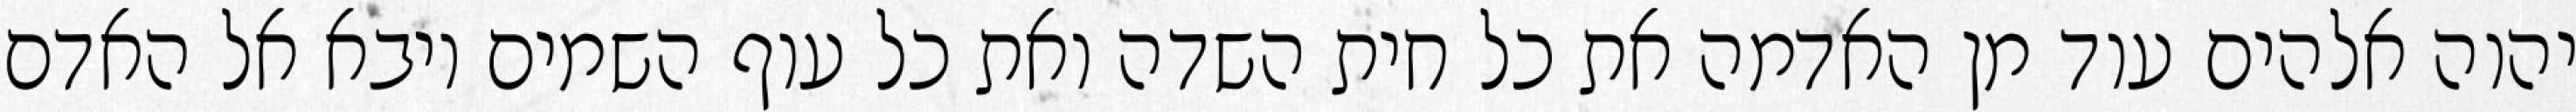
יהוה אלהים עוד מן האדמה את כל חית השדה ואת כל עוף השמים ויבא אל האדם